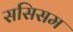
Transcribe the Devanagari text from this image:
ससिसम